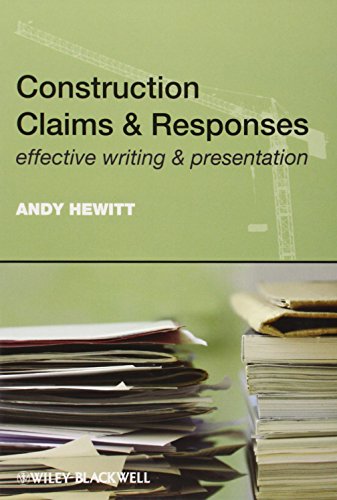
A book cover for Construction Claims and Responses: Effective Writing and Presentation; Andy Hewitt; Law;